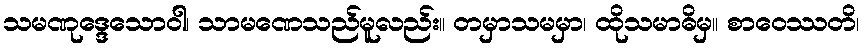
သမဏုဒ္ဒေသောဝါ၊ သာမဏေသည်မူလည်း။ တမှာသမမှာ၊ ထိုသမာဓိမှ။ စာဝေဿတိ၊